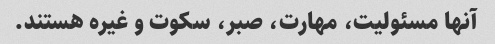
آنها مسئولیت، مهارت، صبر، سکوت و غیره هستند.